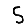
Digit: 5